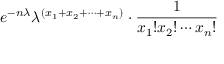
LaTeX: e ^ { - n \lambda } \lambda ^ { ( x _ { 1 } + x _ { 2 } + \cdots + x _ { n } ) } \cdot { \frac { 1 } { x _ { 1 } ! x _ { 2 } ! \cdots x _ { n } ! } }